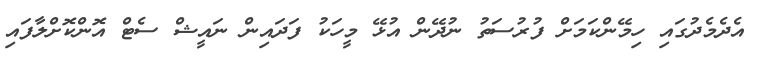
އެދެމެދުގައި ހިމޭންކަމަށް ފުރުސަތު ނުދޭން އުޅޭ މީހަކު ފަދައިން ނައީޝް ސެޓް އޮންކޮށްލާފައި